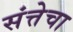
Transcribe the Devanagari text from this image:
संत्तेचा